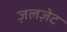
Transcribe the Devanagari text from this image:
ज़लज़ेट